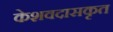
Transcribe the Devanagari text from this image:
केशवदासकृत